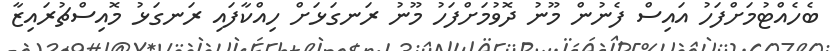
ބެހެއްޓުމަށްފަހު އައިސް ފެނުން މޫނު ދޮވުމަށްފަހު މޫނު ރަނގަޅަށް ހިއްކާފައި ރަނގަޅު މޮއިސްޗުރައިޒާ